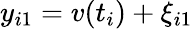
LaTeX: y_{i1}=v(t_{i})+\xi_{i1}